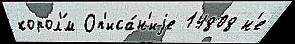
корол'́м Оп'иса́н'иjе 14808 н'е